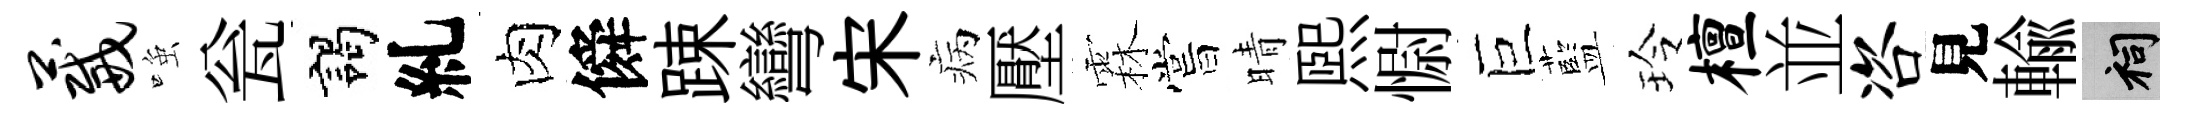
葳𫪻瓮謁糺肉僢踈彎宋病壓霖嘗晴煕𢠢巨藍玲檀並咨見輸祠